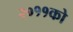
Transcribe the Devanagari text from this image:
२०११को